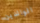
الوالدين